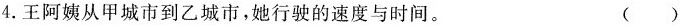
4.王阿姨从甲城市到乙城市，她行驶的速度与时间。 ( )